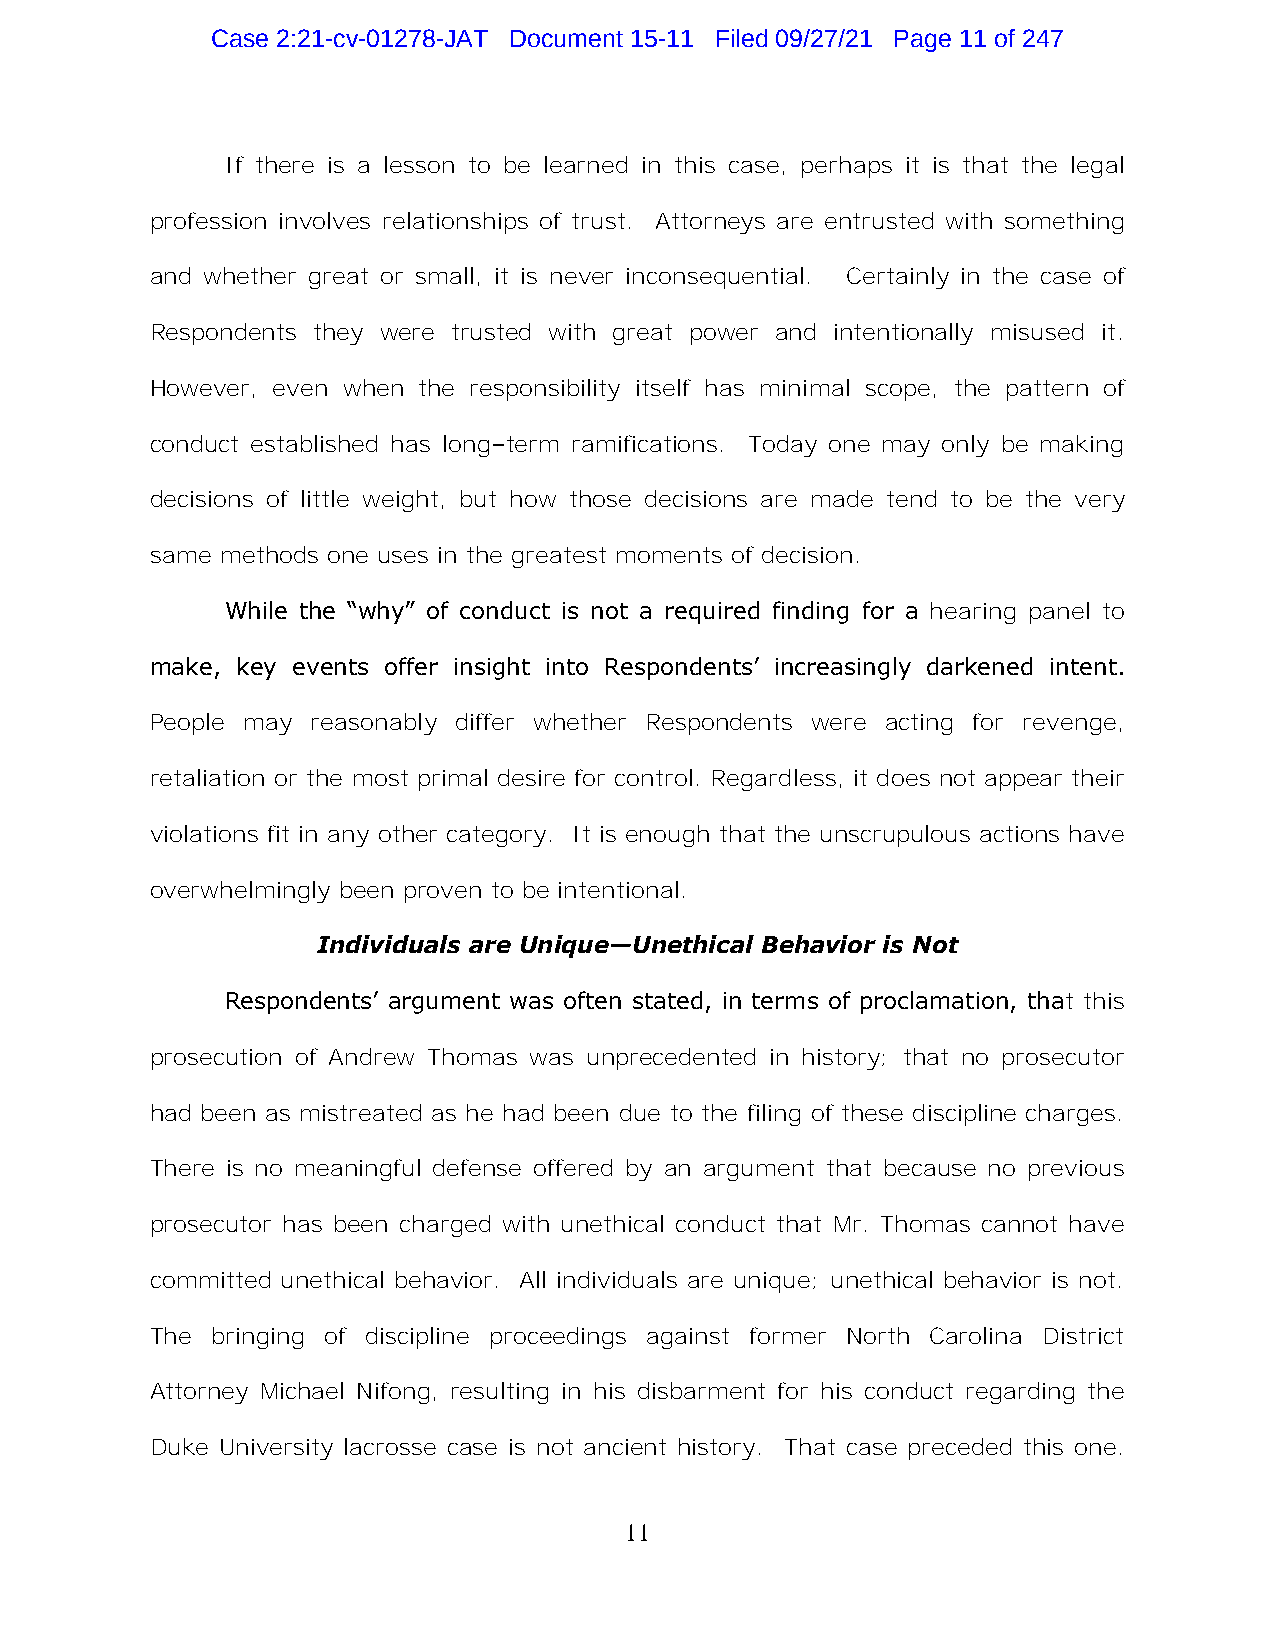
Case 2:21-cv-01278-JAT Document 15-11 Filed 09/27/21 Page 11 of 247
 If there is a lesson to be learned in this case, perhaps it is that the legal
 profession involves relationships of trust. Attorneys are entrusted with something
 and whether great or small, it is never inconsequential. Certainly in the case of
 Respondents they were trusted with great power and intentionally misused it.
 However, even when the responsibility itself has minimal scope, the pattern of
 conduct established has long–term ramifications. Today one may only be making
 decisions of little weight, but how those decisions are made tend to be the very
 same methods one uses in the greatest moments of decision.
 While the “why” of conduct is not a required finding for a hearing panel to
 make, key events offer insight into Respondents’ increasingly darkened intent.
 People may reasonably differ whether Respondents were acting for revenge,
 retaliation or the most primal desire for control. Regardless, it does not appear their
 violations fit in any other category. It is enough that the unscrupulous actions have
 overwhelmingly been proven to be intentional.
 Individuals are Unique—Unethical Behavior is Not
 Respondents’ argument was often stated, in terms of proclamation, that this
 prosecution of Andrew Thomas was unprecedented in history; that no prosecutor
 had been as mistreated as he had been due to the filing of these discipline charges.
 There is no meaningful defense offered by an argument that because no previous
 prosecutor has been charged with unethical conduct that Mr. Thomas cannot have
 committed unethical behavior. All individuals are unique; unethical behavior is not.
 The bringing of discipline proceedings against former North Carolina District
 Attorney Michael Nifong, resulting in his disbarment for his conduct regarding the
 Duke University lacrosse case is not ancient history. That case preceded this one.
 11